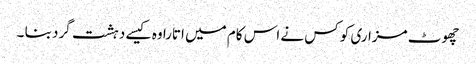
چھوٹ مزاری کو کس نے اس کام میں اتارا وہ کیسے دہشت گرد بنا ۔